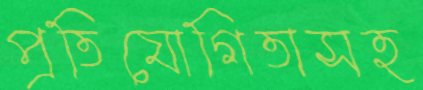
প্রতিযোগিতাসহ